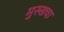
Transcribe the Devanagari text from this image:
मुरुडचा